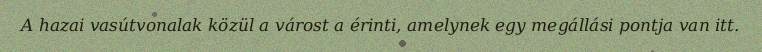
A hazai vasútvonalak közül a várost a érinti, amelynek egy megállási pontja van itt.